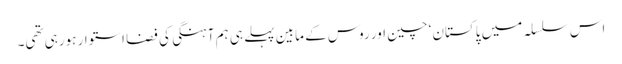
اس سلسلہ میں پاکستان‘ چین اور روس کے مابین پہلے ہی ہم آہنگی کی فضا استوار ہورہی تھی۔